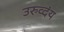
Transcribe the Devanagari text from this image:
उरुव्दंय